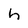
Character: h